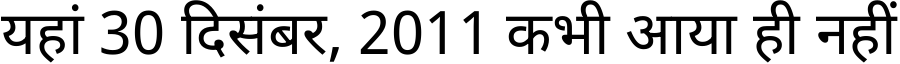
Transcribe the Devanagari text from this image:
यहां 30 दिसंबर, 2011 कभी आया ही नहीं